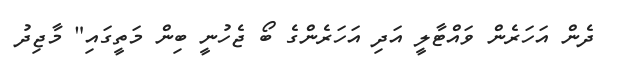
ދެން އަހަރެން ވައްޓާލީ އަދި އަހަރެންގެ ބޯ ޖެހުނީ ބިން މަތީގައި" މާޖިދު